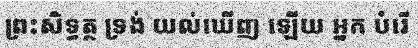
ព្រះសិទ្ធត្ថ ទ្រង់ យល់ឃើញ ឡើយ អ្នក បំរើ